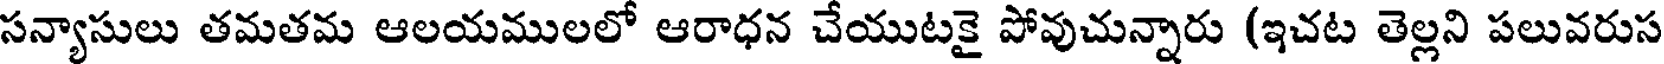
సన్యాసులు తమతమ ఆలయములలో ఆరాధన చేయుటకై పోవుచున్నారు (ఇచట తెల్లని పలువరుస